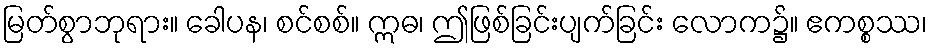
မြတ်စွာဘုရား။ ခေါပန၊ စင်စစ်။ ဣဓ၊ ဤဖြစ်ခြင်းပျက်ခြင်း လောက၌။ ဧကစ္စဿ၊